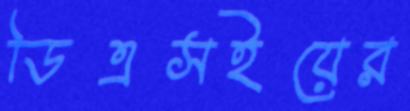
ডিএসইয়ের